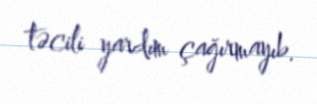
təcili yardım çağırmayıb.